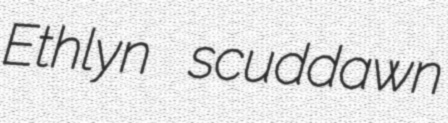
Ethlyn scuddawn